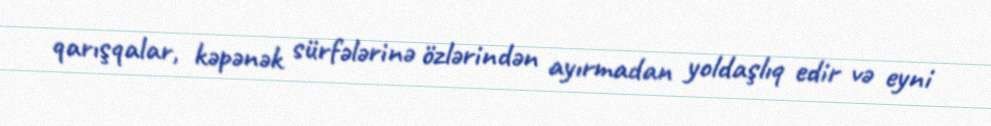
qarışqalar, kəpənək sürfələrinə özlərindən ayırmadan yoldaşlıq edir və eyni